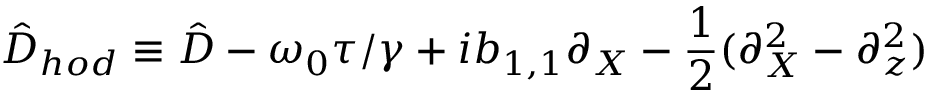
\hat { D } _ { h o d } \equiv \hat { D } - \omega _ { 0 } \tau / \gamma + i b _ { 1 , 1 } \partial _ { X } - \frac { 1 } { 2 } ( \partial _ { X } ^ { 2 } - \partial _ { z } ^ { 2 } )